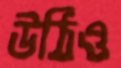
উঠিও